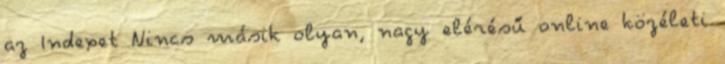
az Indexet Nincs másik olyan, nagy elérésű online közéleti